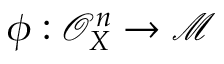
\phi : { \mathcal { O } } _ { X } ^ { n } \to { \mathcal { M } }